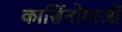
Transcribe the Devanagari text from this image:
कार्सिनोमाओं